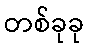
တစ်ခုခု